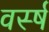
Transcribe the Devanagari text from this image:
वर्स्ष